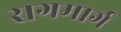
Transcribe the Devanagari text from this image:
रागमार्ग